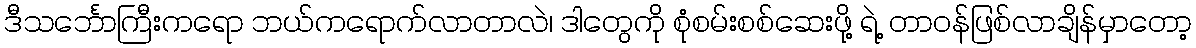
ဒီသင်္ဘောကြီးကရော ဘယ်ကရောက်လာတာလဲ၊ ဒါတွေကို စုံစမ်းစစ်ဆေးဖို့ ရဲ့ တာဝန်ဖြစ်လာချိန်မှာတော့